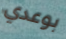
بوعدي